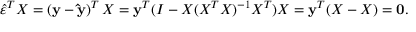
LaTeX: { \hat { \varepsilon } } ^ { T } X = \left( \mathbf { y } - \mathbf { \hat { y } } \right) ^ { T } X = \mathbf { y } ^ { T } ( I - X ( X ^ { T } X ) ^ { - 1 } X ^ { T } ) X = { \mathbf { y } } ^ { T } ( X - X ) = { \mathbf { 0 } } .